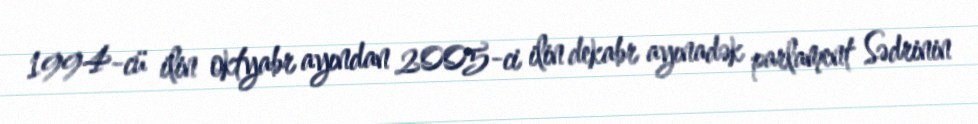
1994-cü ilin oktyabr ayından 2005-ci ilin dekabr ayınadək parlament Sədrinin